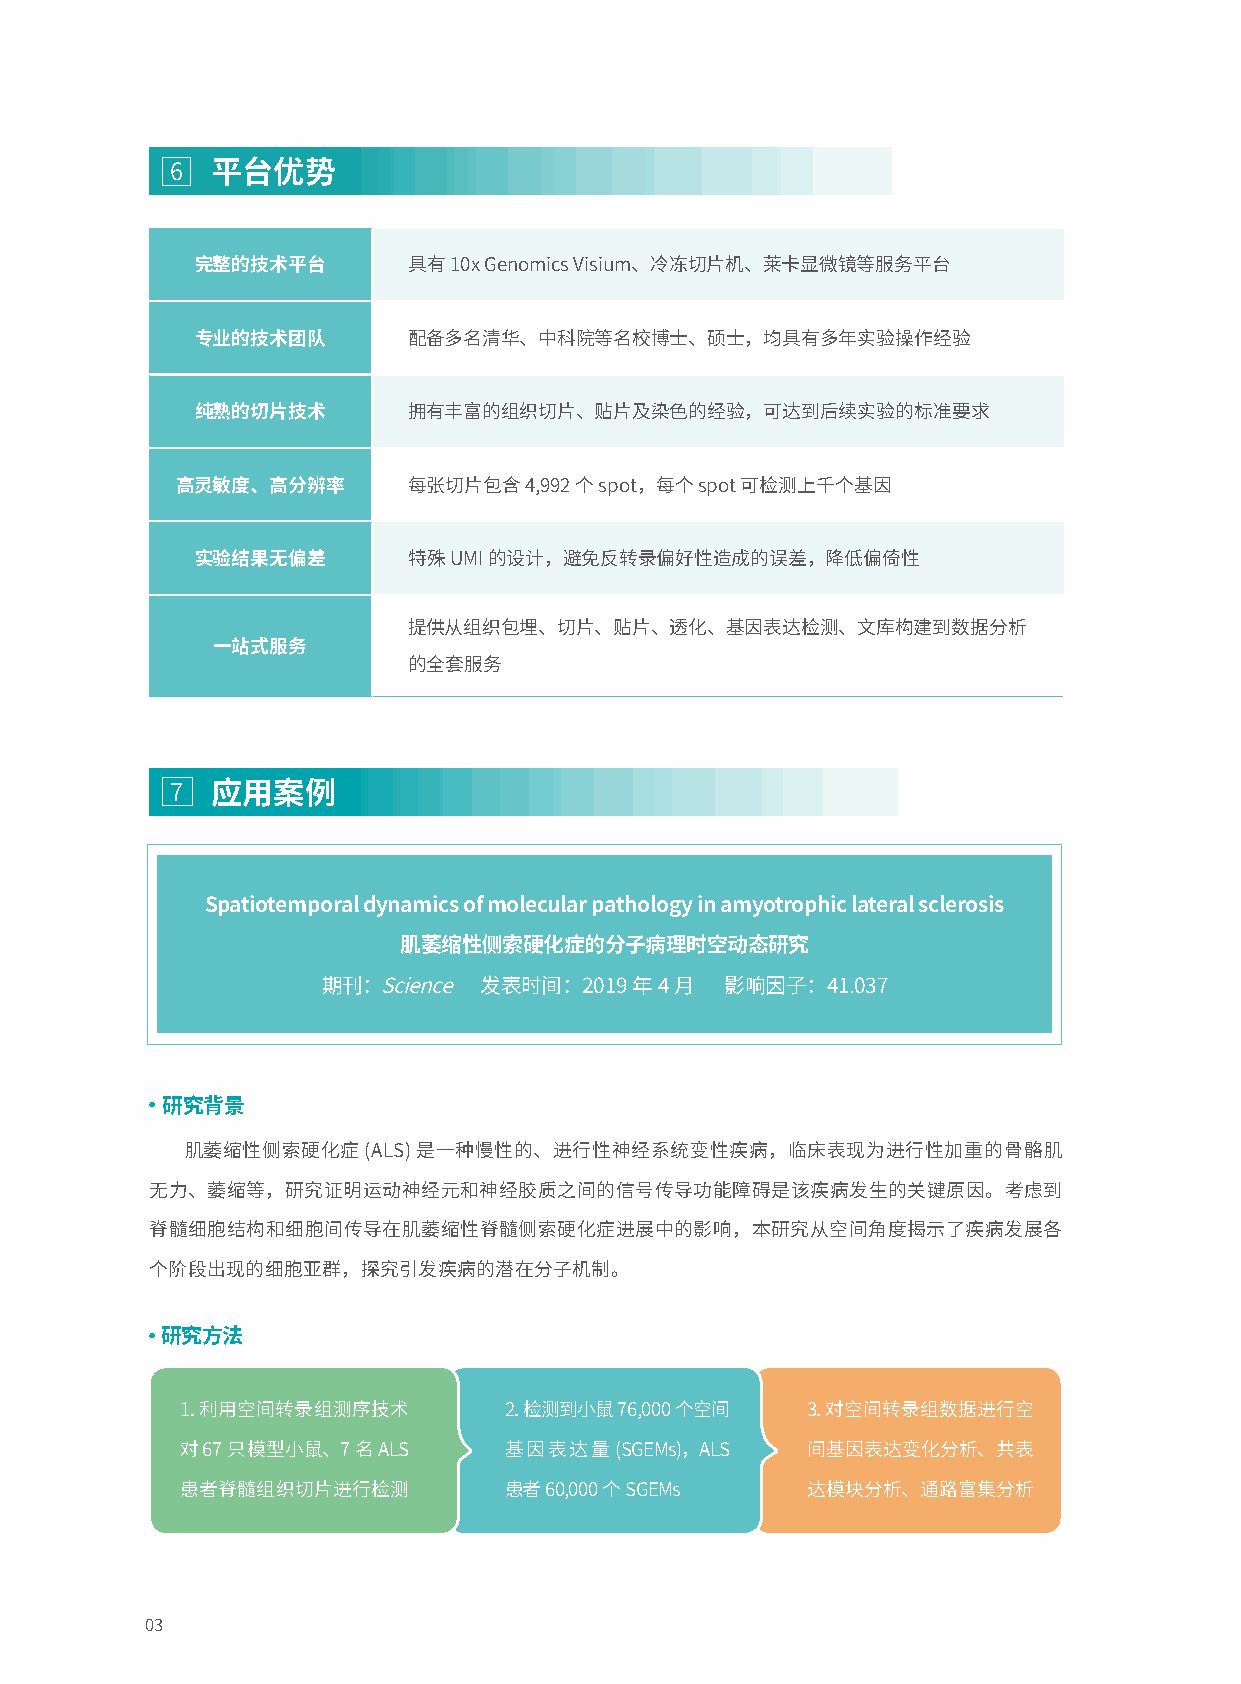
6  平台优势
 完整的技术平台       具有10x Genomics Visium、冷冻切片机、莱卡显微镜等服务平台
 专业的技术团队       配备多名清华、中科院等名校博士、硕士，均具有多年实验操作经验
 纯熟的切片技术       拥有丰富的组织切片、贴片及染色的经验，可达到后续实验的标准要求
 高灵敏度、高分辨率      每张切片包含4,992个spot，每个spot可检测上千个基因
 实验结果无偏差       特殊UMI的设计，避免反转录偏好性造成的误差，降低偏倚性
 提供从组织包埋、切片、贴片、透化、基因表达检测、文库构建到数据分析
 一站式服务
 的全套服务
 7  应用案例
 Spatiotemporal dynamics of molecular pathology in amyotrophic lateral sclerosis
 肌萎缩性侧索硬化症的分子病理时空动态研究
 期刊：Science 发表时间：2019年4月    影响因子：41.037
 ● 研究背景
 肌萎缩性侧索硬化症(ALS)是一种慢性的、进行性神经系统变性疾病，临床表现为进行性加重的骨骼肌
 无力、萎缩等，研究证明运动神经元和神经胶质之间的信号传导功能障碍是该疾病发生的关键原因。考虑到
 脊髓细胞结构和细胞间传导在肌萎缩性脊髓侧索硬化症进展中的影响，本研究从空间角度揭示了疾病发展各
 个阶段出现的细胞亚群，探究引发疾病的潜在分子机制。
 ● 研究方法
 1.利用空间转录组测序技术        2.检测到小鼠76,000个空间    3.对空间转录组数据进行空
 对67只模型小鼠、7名ALS       基因表达量(SGEMs)，ALS    间基因表达变化分析、共表
 患者脊髓组织切片进行检测         患者60,000个SGEMs      达模块分析、通路富集分析
 03